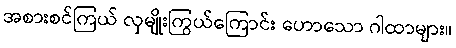
အစားစင်ကြယ် လှမျိုးကြွယ်ကြောင်း ဟောသော ဂါထာများ။